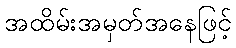
အထိမ်းအမှတ်အနေဖြင့်